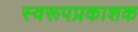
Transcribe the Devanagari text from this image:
स्वरूपप्रकाशक